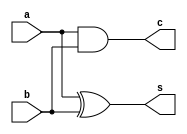
// Half adder using data flow modeling
module half_adder(c, s, a, b) ;
input a,b;
output c,s;
assign s = a^ b;
assign c = a & b;
endmodule